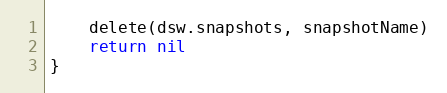
Language: Go
	delete(dsw.snapshots, snapshotName)
	return nil
}